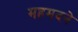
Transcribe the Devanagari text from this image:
महमदने